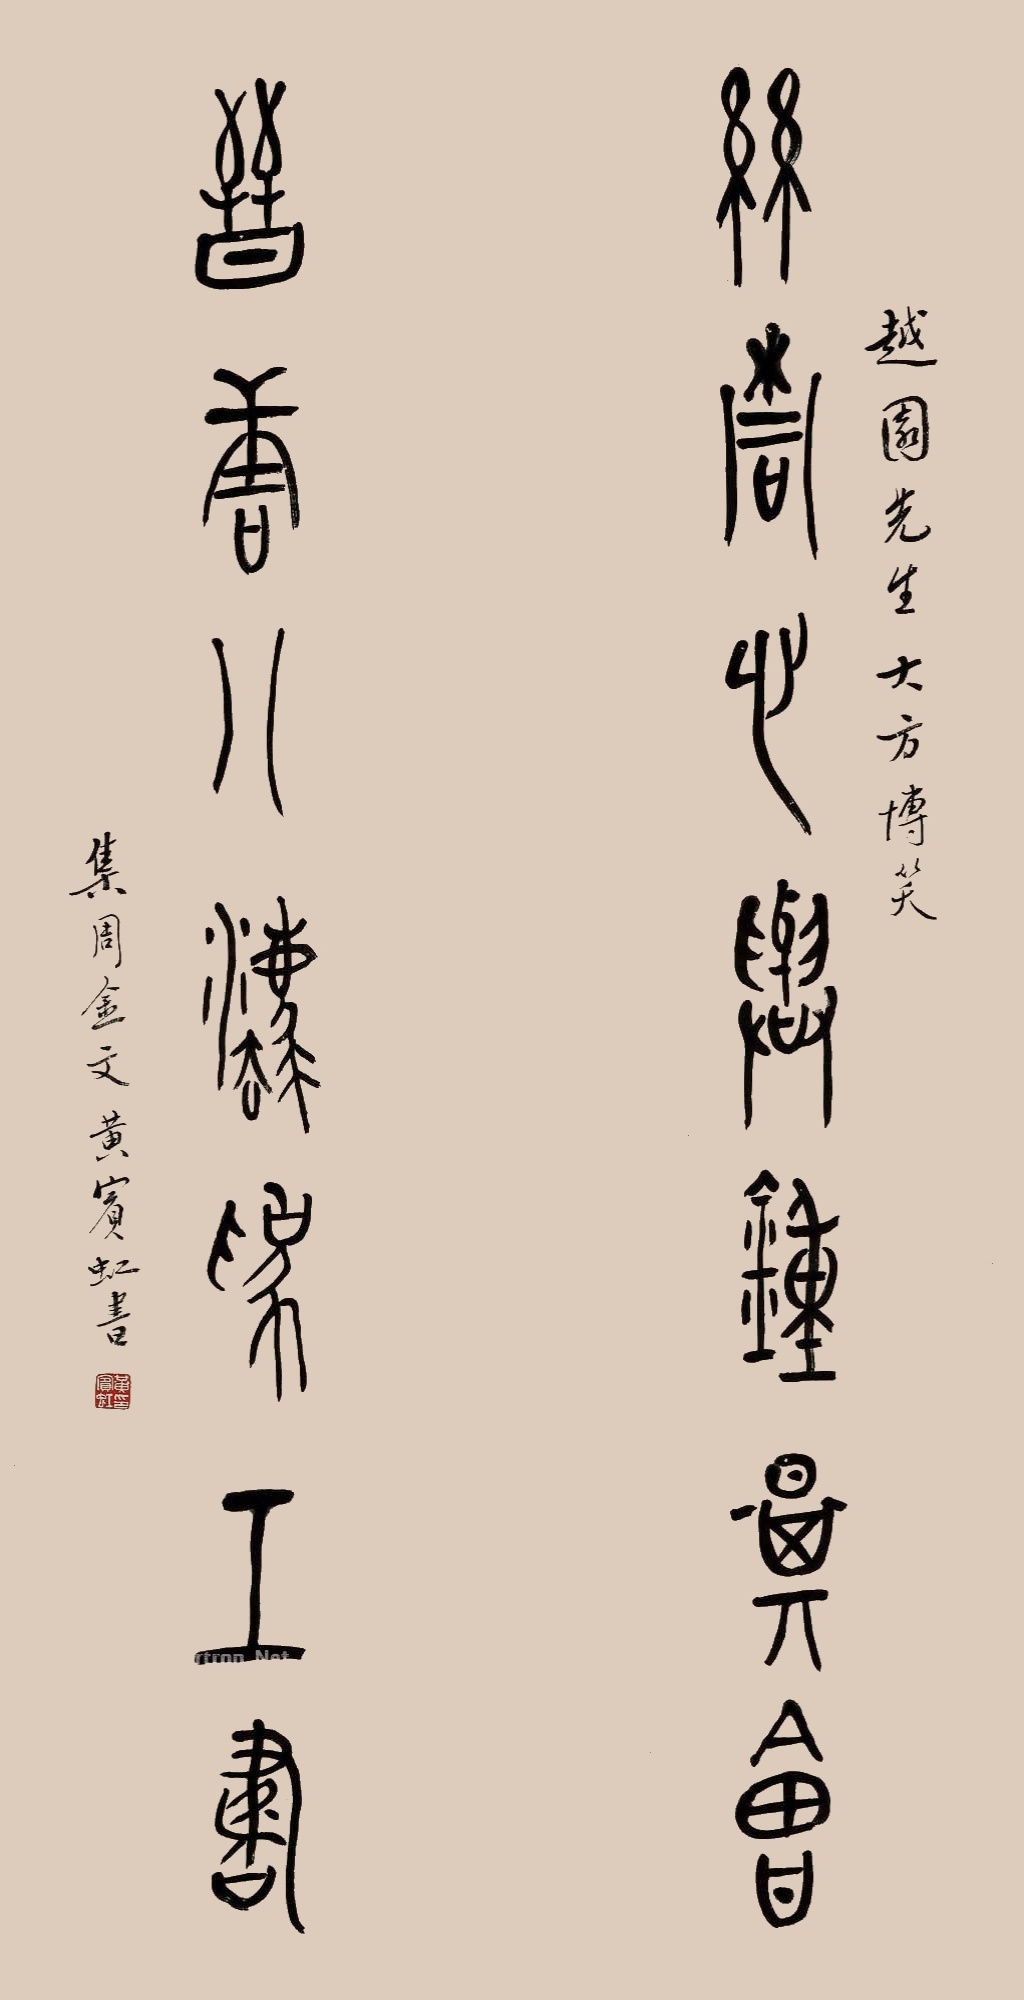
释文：丝桐心与钟期会，晋唐八法为工书。越园先生大方博笑，集周金文黄宾虹书。